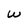
Character: w